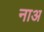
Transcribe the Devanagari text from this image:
नाअ